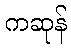
ကဆုန်